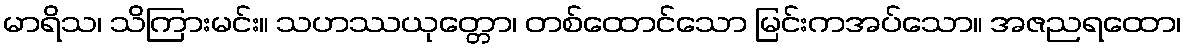
မာရိသ၊ သိကြားမင်း။ သဟဿယုတ္တော၊ တစ်ထောင်သော မြင်းကအပ်သော။ အဇညရထော၊